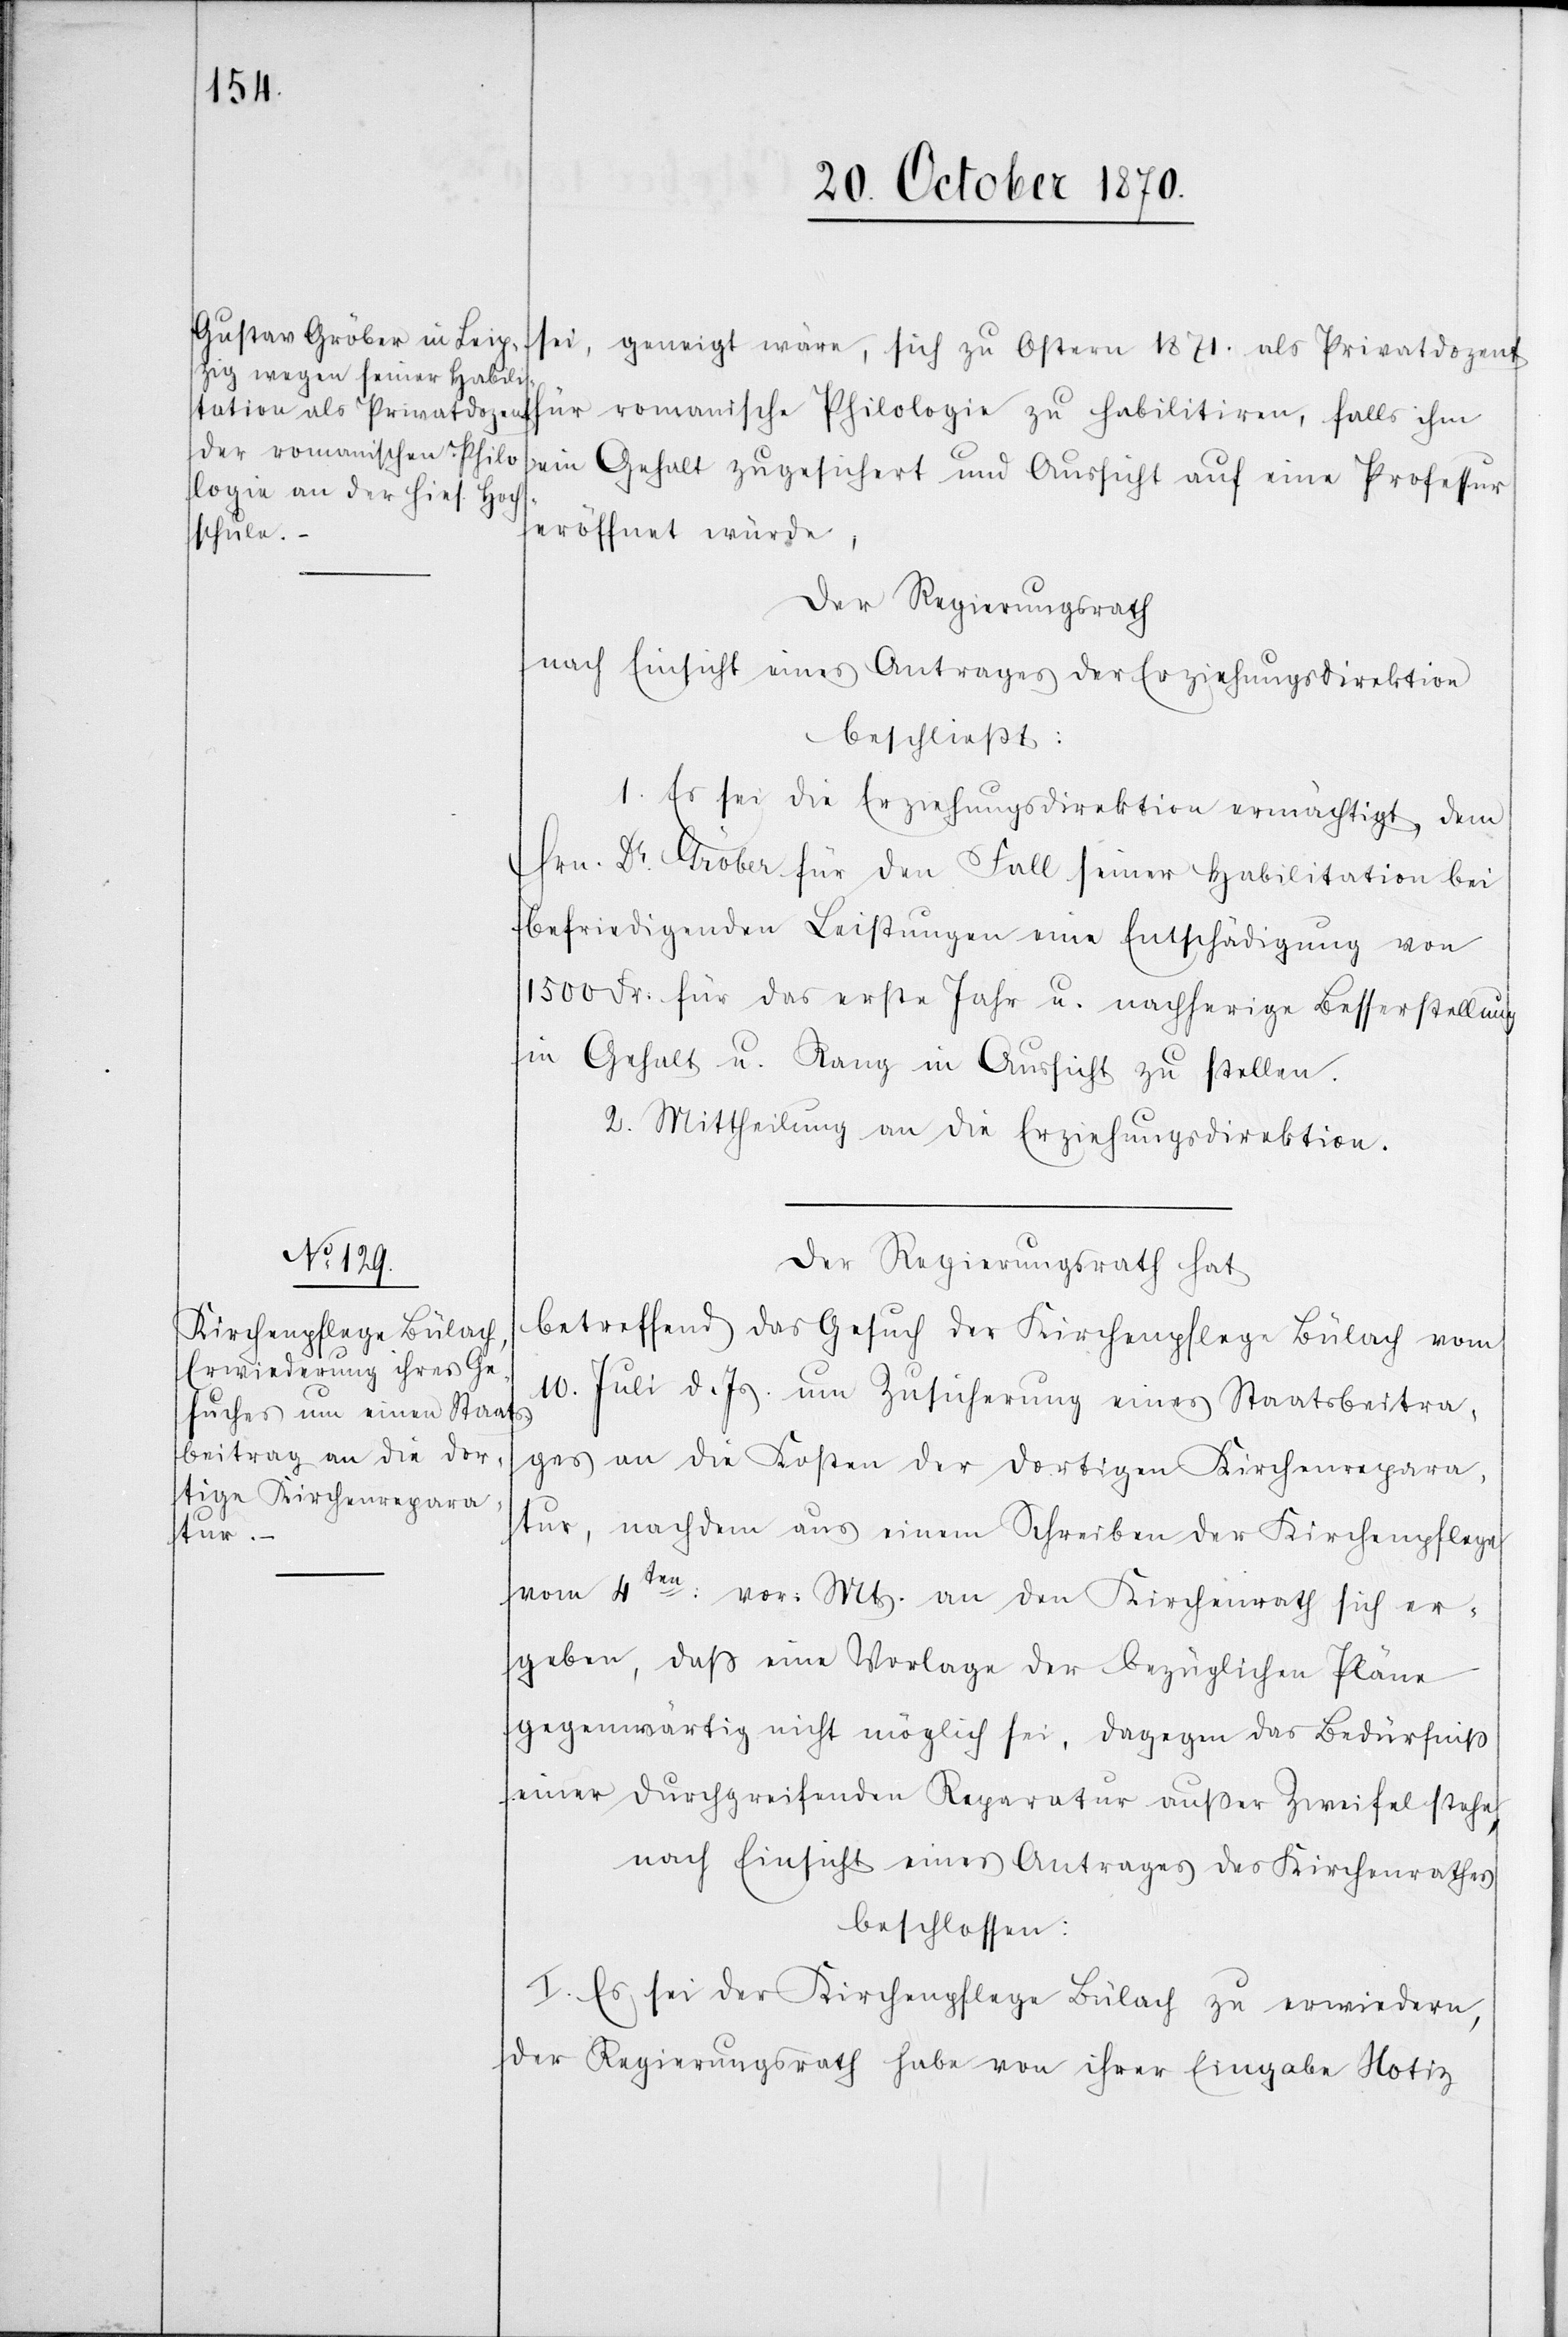
sei, geneigt wäre, sich zu Ostern 1871. als Privatdozent
für romanische Philologie zu habilitiren, falls ihm
ein Gehalt zugesichert und Aussicht auf eine Professur
eröffnet würde;
Der Regierungsrath
nach Einsicht eines Antrages der Erziehungsdirektion
beschließt:
1. Es sei die Erziehungsdirektion ermächtigt, dem
Hrn. Dr. Gröber für den Fall seiner Habilitation bei
befriedigenden Leistungen eine Entschädigung von
1500 Fr. für das erste Jahr u. nachherige Besserstellung
in Gehalt u. Rang in Aussicht zu stellen.
2. Mittheilung an die Erziehungsdirektion.
Der Regierungsrath hat
betreffend das Gesuch der Kirchenpflege Bülach vom
10. Juli d. Js. um Zusicherung eines Staatsbeitra¬
ges an die Kosten der dortigen Kirchenrepara¬
tur, nachdem aus einem Schreiben der Kirchenpflege
vom 4ten: vor. Mts. an den Kirchenrath sich er¬
geben, daß eine Vorlage der bezüglichen Pläne
gegenwärtig nicht möglich sei, dagegen das Bedürfniß
einer durchgreifenden Reparatur außer Zweifel stehe,
nach Einsicht eines Antrages des Kirchenrathes
beschlossen:
I. Es sei der Kirchenpflege Bülach zu erwiedern,
der Regierungsrath habe von ihrer Eingabe Notiz